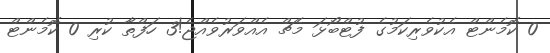
0 ކޮމެންޓް އެކުވެރިކަމުގެ ފުޓްބޯޅަ މެޗް އެއްވަރުވެއްޖެ!3 ހަފްތާ ކުރި 0 ކޮމެންޓް